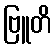
ဗြူတိ